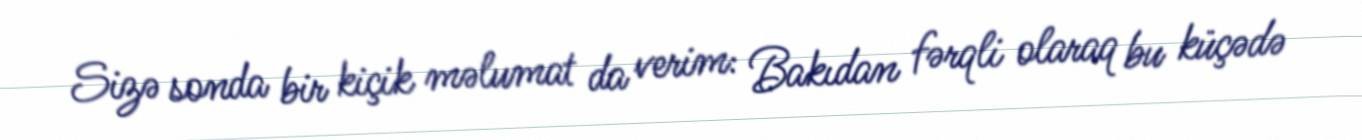
Sizə sonda bir kiçik məlumat da verim: Bakıdan fərqli olaraq bu küçədə